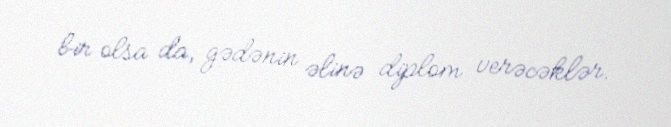
bir olsa da, gədənin əlinə diplom verəcəklər.